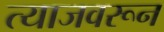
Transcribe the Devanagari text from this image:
त्याजवरून